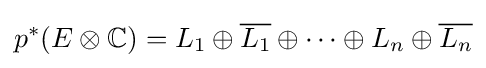
p^{*}(E\otimes \mathbb {C} )=L_{1}\oplus {\overline {L_{1}}}\oplus \cdots \oplus L_{n}\oplus {\overline {L_{n}}}